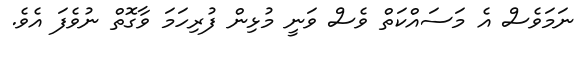
ނަމަވެސް އެ މަސައްކަތް ވެސް ވަނީ މުޅިން ފުރިހަމަ ވާގޮތް ނުވެފަ އެވެ.